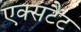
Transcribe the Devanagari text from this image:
एक्सटैंट